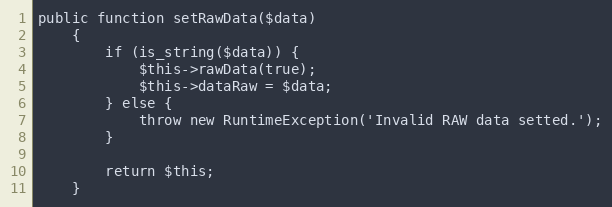
Language: PHP
public function setRawData($data)
	{
		if (is_string($data)) {
			$this->rawData(true);
			$this->dataRaw = $data;
		} else {
			throw new RuntimeException('Invalid RAW data setted.');
		}

		return $this;
	}